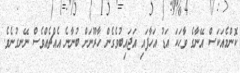
ކޮންމެއަކަސް އޭނާގެ ވާހަކަ އަޑު އަހާފައި އަޖައިބުވެގެން ހާރޫނަށް ބުނާނެ އެއްޗެއްވެސް ނޭނގުނެވެ.